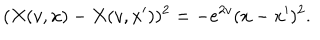
LaTeX: ( X ( v , x ) - X ( v , x ^ { \prime } ) ) ^ { 2 } = - e ^ { 2 v } ( x - x ^ { \prime } ) ^ { 2 } .